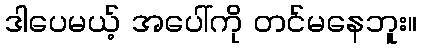
ဒါပေမယ့် အပေါ်ကို တင်မနေဘူး။